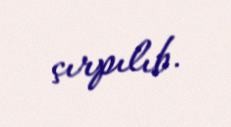
çırpılıb.